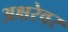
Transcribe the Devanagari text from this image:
अक्षरेवर